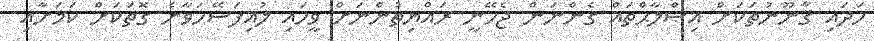
ހަދައި ޤާނޫނުތަކަށް އިޞްލާޙްތައް ގެންނަން ޖެހޭނީ ރައްޔިތުންނަށް ވީހައި ލުއިފަސޭހަވާނެ ގޮތަކަށް ކަމަށާއި